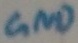
Text: GND